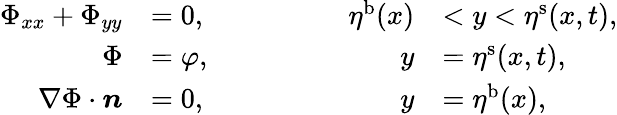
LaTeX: \begin{array}{rlrl}{\Phi_{xx}+\Phi_{yy}}&{=0,}&{\qquad\qquad\eta^{\mathrm{b}}(x)}&{<y<\eta^{\mathrm{s}}(x,t),}\\ {\Phi}&{=\varphi,}&{\qquad\qquad y}&{=\eta^{\mathrm{s}}(x,t),}\\ {\nabla\Phi\cdot\boldsymbol n}&{=0,}&{\qquad\qquad y}&{=\eta^{\mathrm{b}}(x),}\end{array}